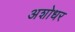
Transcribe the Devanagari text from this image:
अशोधर